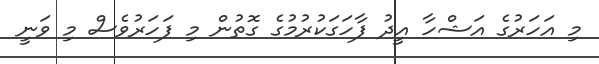
މި އަހަރުގެ އަޝްހާ އީދު ފާހަގަކުރުމުގެ ގޮތުން މި ފަހަރުވެސް މި ވަނީ